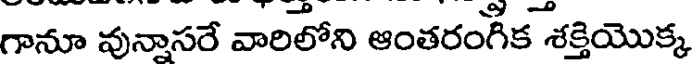
గానూ వున్నాసరే వారిలోని ఆంతరంగిక శక్తియొక్క